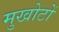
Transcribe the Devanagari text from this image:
मुखोटों